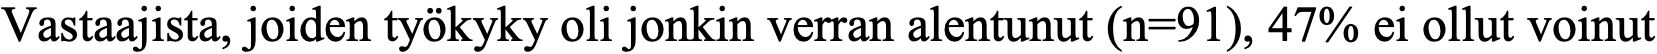
Vastaajista, joiden työkyky oli jonkin verran alentunut (n=91), 47% ei ollut voinut